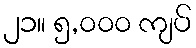
၂၁။ ၅,၀၀၀ ကျပ်